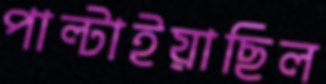
পাল্‌টাইয়াছিল